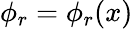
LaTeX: \phi_{r}=\phi_{r}(x)